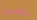
بكاميرا